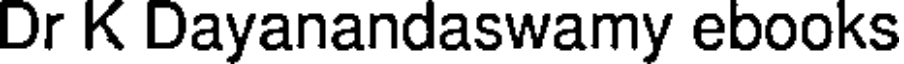
Dr K Dayanandaswamy ebooks